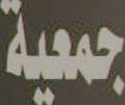
جمعية